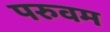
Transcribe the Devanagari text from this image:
परुवम